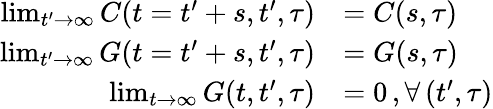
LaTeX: \begin{array}{rl}{\operatorname*{lim}_{t^{\prime}\rightarrow\infty}C(t=t^{\prime}+s,t^{\prime},\tau)}&{=C(s,\tau)}\\ {\operatorname*{lim}_{t^{\prime}\rightarrow\infty}G(t=t^{\prime}+s,t^{\prime},\tau)}&{=G(s,\tau)}\\ {\operatorname*{lim}_{t\rightarrow\infty}G(t,t^{\prime},\tau)}&{=0\, ,\forall\, (t^{\prime},\tau)}\end{array}